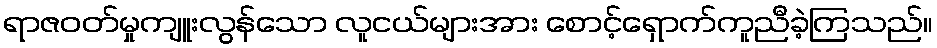
ရာဇဝတ်မှုကျူးလွန်သော လူငယ်များအား စောင့်ရှောက်ကူညီခဲ့ကြသည်။